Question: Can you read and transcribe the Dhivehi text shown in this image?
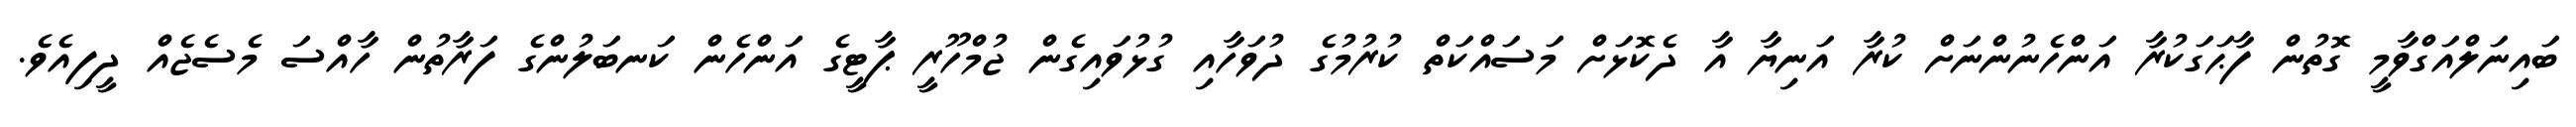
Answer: ބައިނަލްއަގްވާމީ ގޮތުން ފާޙަގަކުރާ އަންހެނުންނަށް ކުރާ އަނިޔާ އާ ދެކޮޅަށް މަސައްކަތް ކުރުމުގެ ދުވަހާއި ގުޅުވައިގެން ޖުމްހޫރީ ޕާޓީގެ އަންހެން ކަނބަލުންގެ ފަރާތުން ހާއްސަ މެސެޖެއް ދީފިއެވެ.